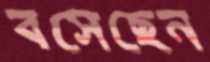
বসেছেন